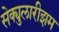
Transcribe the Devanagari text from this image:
सेक्युलारीझम